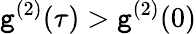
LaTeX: \mathtt{g}^{(2)}(\tau)>\mathtt{g}^{(2)}(0)